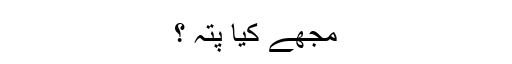
مجھے کیا پتہ ؟